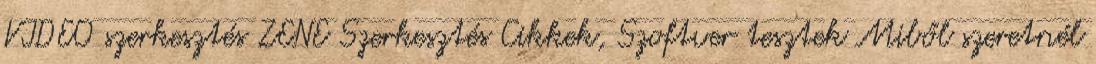
VIDEO szerkesztés ZENE Szerkesztés Cikkek, Szoftver tesztek Miből szeretnél